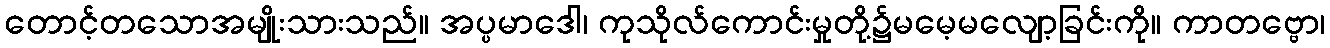
တောင့်တသောအမျိုးသားသည်။ အပ္ပမာဒေါ၊ ကုသိုလ်ကောင်းမှုတို့၌မမေ့မလျော့ခြင်းကို။ ကာတဗ္ဗော၊